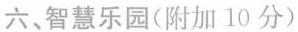
六、智慧乐园(附加10分)